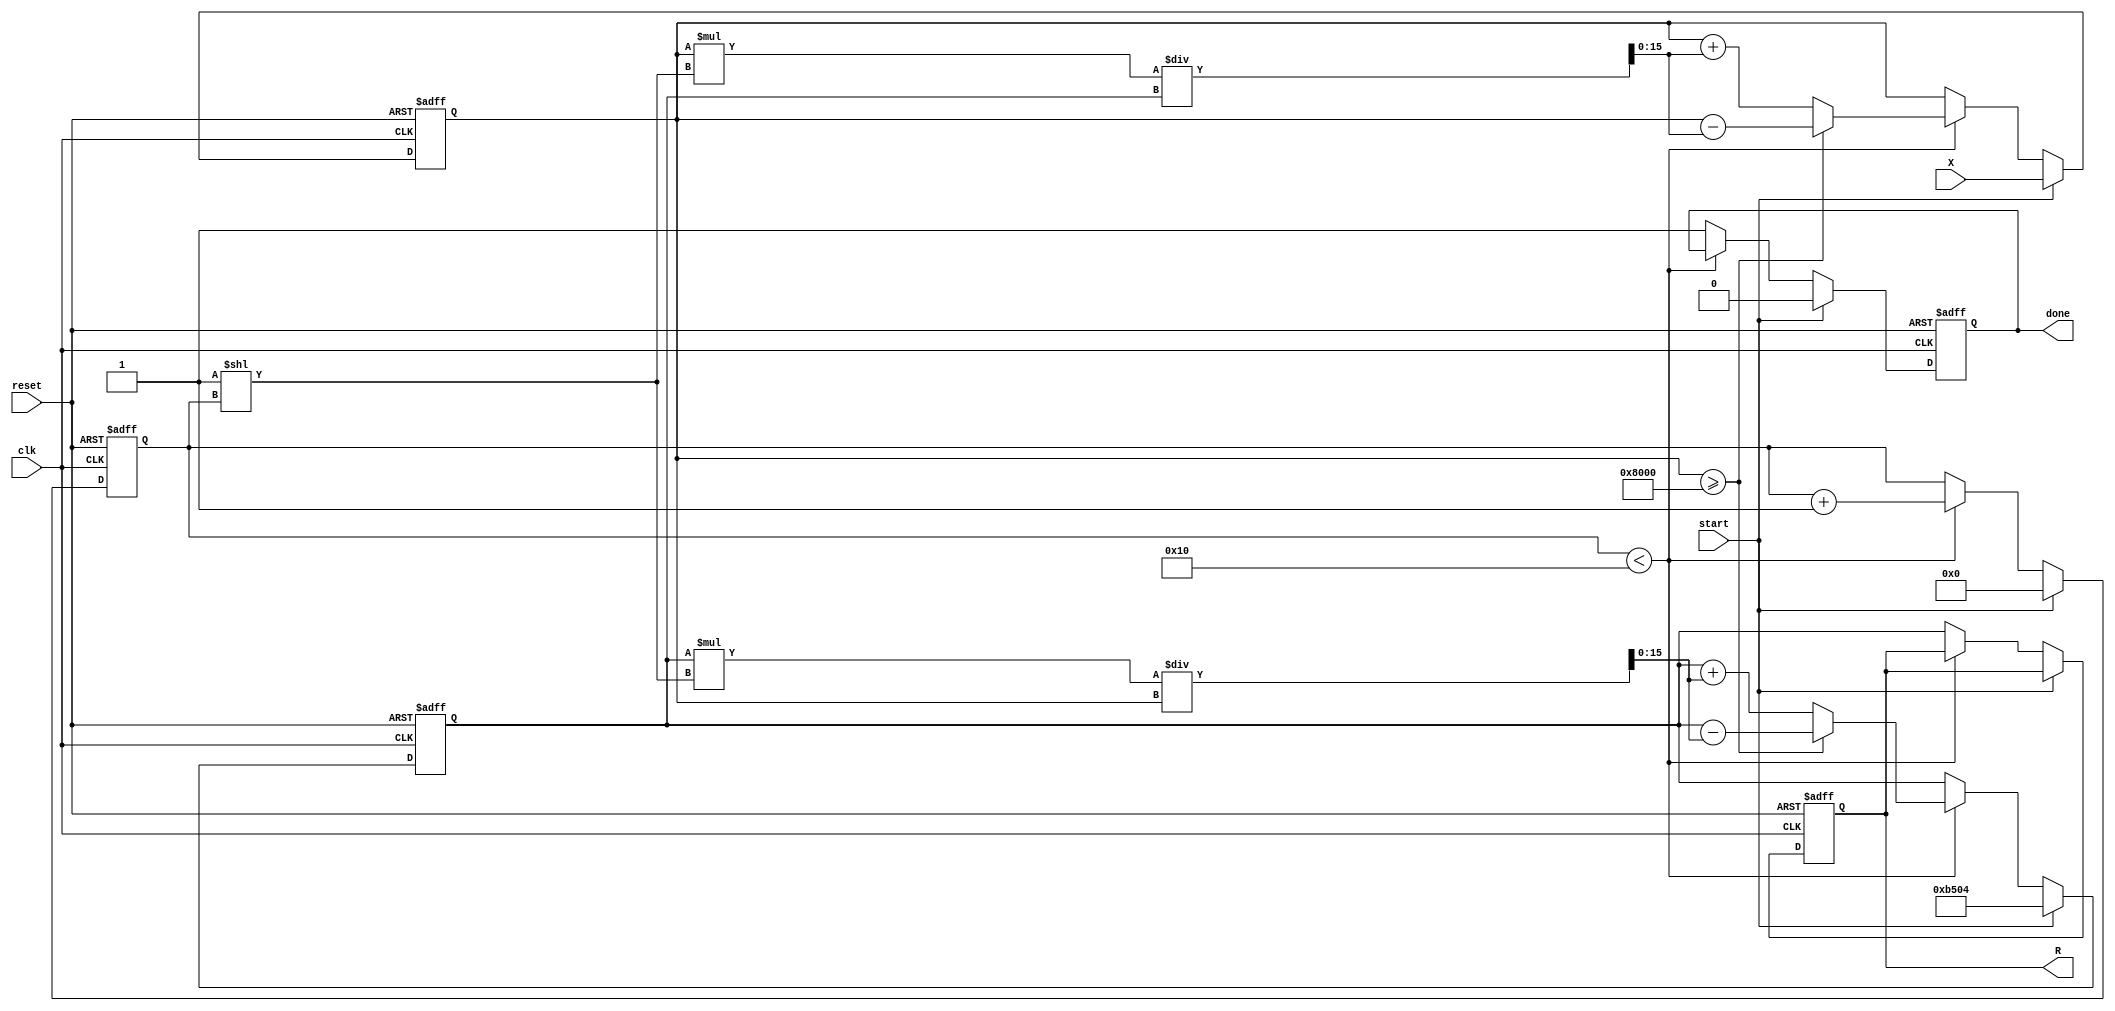
module cordic_reciprocal #(
    parameter N = 16, // Width of input X
    parameter M = 16, // Width of output R
    parameter ITERATIONS = 16 // Number of CORDIC iterations
)(
    input wire clk,
    input wire reset,
    input wire start,
    input wire [N-1:0] X, // Input value
    output reg [M-1:0] R, // Output reciprocal
    output reg done // Status signal
);

    // Internal signals
    reg [N-1:0] x_curr; // Current value of X
    reg [M-1:0] r_curr; // Current estimate of reciprocal
    reg [4:0] iteration; // Iteration counter
    reg [M-1:0] scaling_factor; // Scaling factor
    reg valid; // Valid signal for output

    // CORDIC angle values (in fixed-point representation)
    reg [N-1:0] cordic_angles [0:ITERATIONS-1];

    initial begin
        // Initialize CORDIC angles (in fixed-point format)
        // These values should be pre-calculated based on the CORDIC algorithm
        // Example values for 16 iterations (in radians)
        cordic_angles[0] = 16'h26DD; // atan(2^-0)
        cordic_angles[1] = 16'h1C71; // atan(2^-1)
        cordic_angles[2] = 16'h14AE; // atan(2^-2)
        cordic_angles[3] = 16'h0E38; // atan(2^-3)
        cordic_angles[4] = 16'h07E4; // atan(2^-4)
        cordic_angles[5] = 16'h03FE; // atan(2^-5)
        cordic_angles[6] = 16'h01FF; // atan(2^-6)
        cordic_angles[7] = 16'h00FF; // atan(2^-7)
        cordic_angles[8] = 16'h007F; // atan(2^-8)
        cordic_angles[9] = 16'h003F; // atan(2^-9)
        cordic_angles[10] = 16'h001F; // atan(2^-10)
        cordic_angles[11] = 16'h000F; // atan(2^-11)
        cordic_angles[12] = 16'h0007; // atan(2^-12)
        cordic_angles[13] = 16'h0003; // atan(2^-13)
        cordic_angles[14] = 16'h0001; // atan(2^-14)
        cordic_angles[15] = 16'h0000; // atan(2^-15)
    end

    // Scaling factor for the CORDIC algorithm (approximation)
    always @(*) begin
        scaling_factor = 16'hB504; // Example scaling factor for 16 iterations
    end

    // State machine for CORDIC computation
    always @(posedge clk or posedge reset) begin
        if (reset) begin
            iteration <= 0;
            R <= 0;
            done <= 0;
            valid <= 0;
            r_curr <= 0;
            x_curr <= 0;
        end else if (start) begin
            // Initialize values
            x_curr <= X;
            r_curr <= scaling_factor; // Initial estimate
            iteration <= 0;
            done <= 0;
            valid <= 0;
        end else if (iteration < ITERATIONS) begin
            // CORDIC iteration
            if (x_curr >= (1 << (N-1))) begin
                // Adjust for angle
                r_curr <= r_curr - (r_curr * (1 << iteration) / x_curr);
                x_curr <= x_curr - (x_curr * (1 << iteration) / r_curr);
            end else begin
                // Adjust for angle
                r_curr <= r_curr + (r_curr * (1 << iteration) / x_curr);
                x_curr <= x_curr + (x_curr * (1 << iteration) / r_curr);
            end
            iteration <= iteration + 1;
        end else begin
            // Final output
            R <= r_curr;
            done <= 1;
            valid <= 1;
        end
    end

endmodule